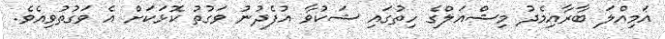
އަމިއްލަ ބާރާއިމެދު މިޝްއަލްގެ ހިތުގައި ޝަކުވާ އުފެދުނު ވަގުތު ކޮޅަކަށް އެ ވަގުތުވިއެވެ.